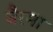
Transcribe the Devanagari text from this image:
बैरमा